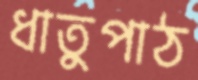
ধাতুপাঠ